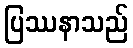
ပြဿနာသည်